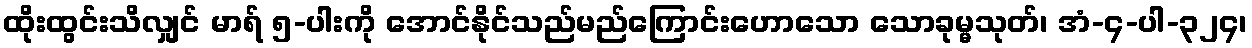
ထိုးထွင်းသိလျှင် မာရ် ၅-ပါးကို အောင်နိုင်သည်မည်ကြောင်းဟောသော သောခုမ္မသုတ်၊ အံ-၄-ပါ-၃၂၄၊